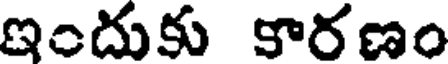
ఇందుకు కారణం